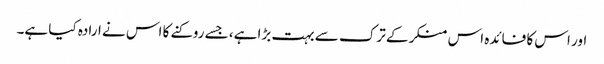
اور اس کا فائدہ اس منکر کے ترک سے بہت بڑا ہے، جسے روکنے کا اس نے ارادہ کیا ہے۔